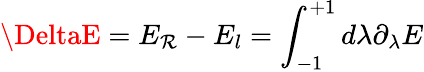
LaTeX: \DeltaE=E_{\mathcal{R}}-E_{l}=\int_{-1}^{+1}d\lambda\partial_{\lambda}E